Document type: Dowry
Year: 1238
Scribe: Berenguer Jaume
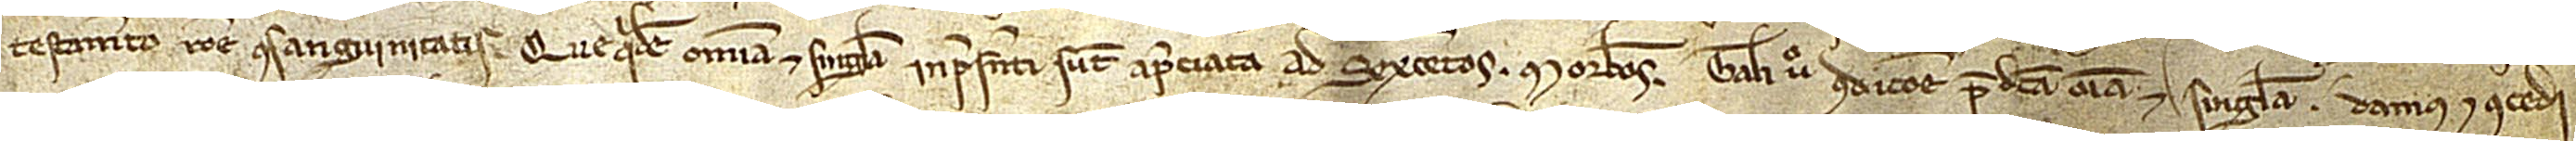
testamento ratione consanguinitatis. Quequidem omnia et singula inpresenti sunt apreciata ad sexcentos morabatinos. Tali vero condicione predicta omnia et singula damus et concedi-